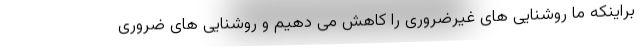
براینکه ما روشنایی های غیرضروری را کاهش می دهیم و روشنایی های ضروری